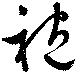
袍